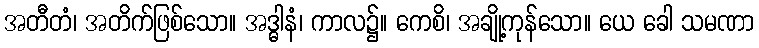
အတီတံ၊ အတိက်ဖြစ်သော။ အဒ္ဓါနံ၊ ကာလ၌။ ကေစိ၊ အချို့ကုန်သော။ ယေ ခေါ သမဏာ